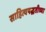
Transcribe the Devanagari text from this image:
साहित्यपद्धतीच्या